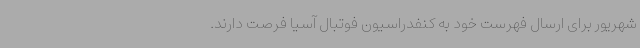
شهریور برای ارسال فهرست خود به کنفدراسیون فوتبال آسیا فرصت دارند.